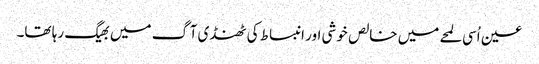
عین اُسی لمحے میں خالص خوشی اور انبساط کی ٹھنڈی آگ میں بھیگ رہا تھا۔